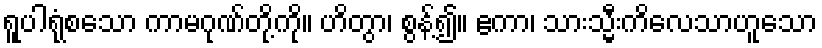
ရူပါရုံစသော ကာမဂုဏ်တို့ကို။ ဟိတွာ၊ စွန့်၍။ ဧကာ၊ သားသ္မီးကိလေသာဟူသော